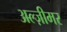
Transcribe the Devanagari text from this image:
अल्ज़ीमर